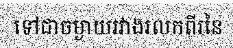
ទៅជាចម្ងាយរវាងរលកពីរនៃ